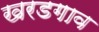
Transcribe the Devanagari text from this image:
खरडगाव